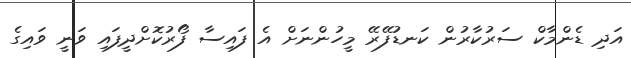
އަދި ޑެންމާކް ސަރުކާރުން ކަނޑުފޭރޭ މީހުންނަށް އެ ފައިސާ ފޯރުކޮށްދީފައި ވަނީ ވައިގެ